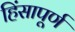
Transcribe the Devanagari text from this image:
हिंसापूर्ण